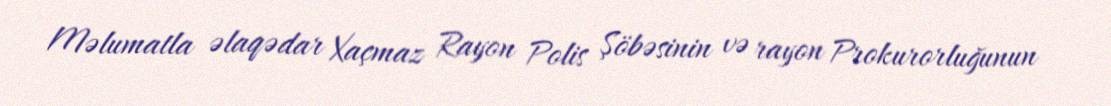
Məlumatla əlaqədar Xaçmaz Rayon Polis Şöbəsinin və rayon Prokurorluğunun